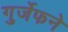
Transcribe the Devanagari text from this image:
गुर्जेफने